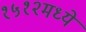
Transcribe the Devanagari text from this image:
१५१२मध्ये